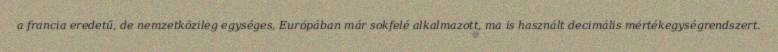
a francia eredetű, de nemzetközileg egységes, Európában már sokfelé alkalmazott, ma is használt decimális mértékegységrendszert.